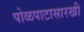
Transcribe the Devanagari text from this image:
पोळपाटासारखी